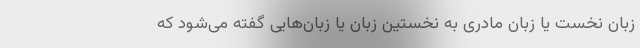
زبان نخست یا زبان مادری به نخستین زبان یا زبان‌هایی گفته می‌شود که